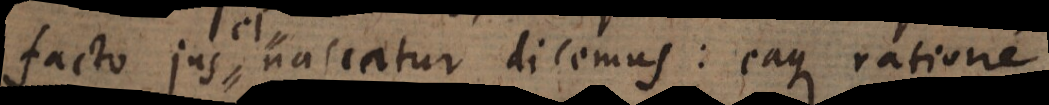
facto jus nascatur dicemus: eaque ratione